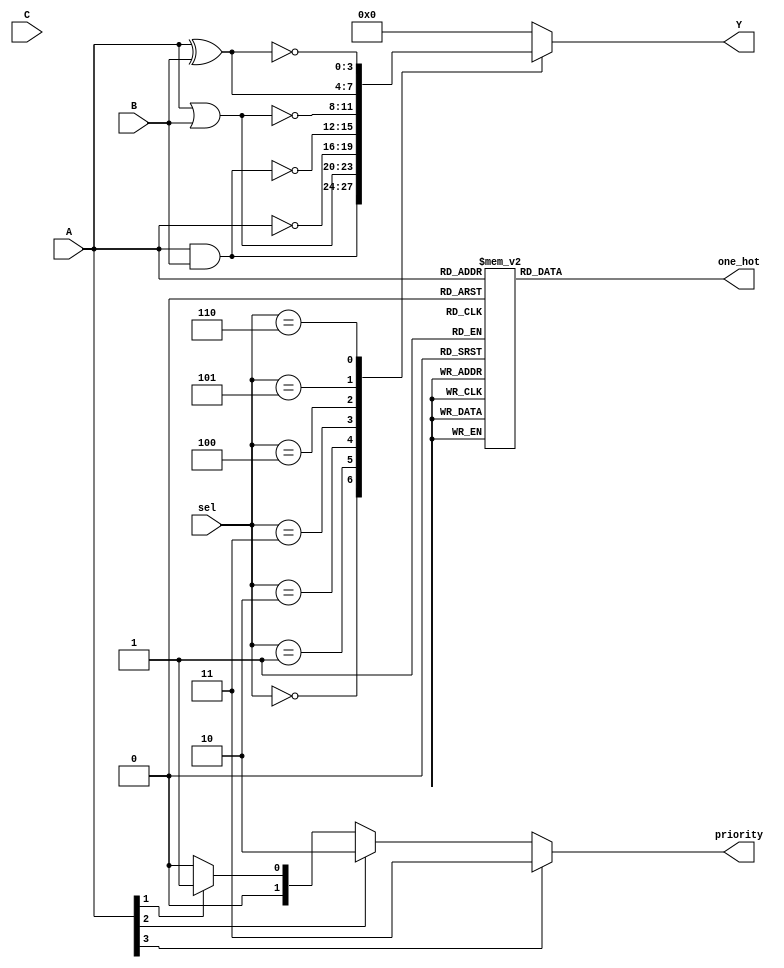
module combinational_logic_block (
    input wire [3:0] A,        // 4-bit input A
    input wire [3:0] B,        // 4-bit input B
    input wire [3:0] C,        // 4-bit input C
    input wire [2:0] sel,      // Selection signal for logic operations
    output reg [3:0] Y,        // 4-bit output Y
    output reg [3:0] one_hot,  // One-hot output for decoder
    output reg [1:0] priority   // Priority encoder output
);

// Logic Operations
always @(*) begin
    case (sel)
        3'b000: Y = A & B;        // AND
        3'b001: Y = A | B;        // OR
        3'b010: Y = ~A;           // NOT A
        3'b011: Y = ~(A & B);     // NAND
        3'b100: Y = ~(A | B);     // NOR
        3'b101: Y = A ^ B;        // XOR
        3'b110: Y = ~(A ^ B);     // XNOR
        default: Y = 4'b0000;     // Default case
    endcase
end

// Priority Encoder
always @(*) begin
    if (A[3]) priority = 2'b11; // Highest priority
    else if (A[2]) priority = 2'b10;
    else if (A[1]) priority = 2'b01;
    else if (A[0]) priority = 2'b00;
    else priority = 2'b00;       // No active input
end

// Decoder (4-to-16)
always @(*) begin
    one_hot = 4'b0000; // Default to zero
    case (A)
        4'b0001: one_hot = 4'b0001;
        4'b0010: one_hot = 4'b0010;
        4'b0011: one_hot = 4'b0011;
        4'b0100: one_hot = 4'b0100;
        4'b0101: one_hot = 4'b0101;
        4'b0110: one_hot = 4'b0110;
        4'b0111: one_hot = 4'b0111;
        4'b1000: one_hot = 4'b1000;
        4'b1001: one_hot = 4'b1001;
        4'b1010: one_hot = 4'b1010;
        4'b1011: one_hot = 4'b1011;
        4'b1100: one_hot = 4'b1100;
        4'b1101: one_hot = 4'b1101;
        4'b1110: one_hot = 4'b1110;
        4'b1111: one_hot = 4'b1111;
        default: one_hot = 4'b0000; // Default case
    endcase
end

endmodule